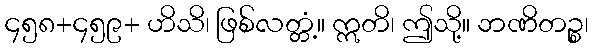
၄၅၈+၄၅၉+ ဟိသိ၊ ဖြစ်လတ္တံ့။ ဣတိ၊ ဤသို့။ ဘဏိတဉ္စ၊